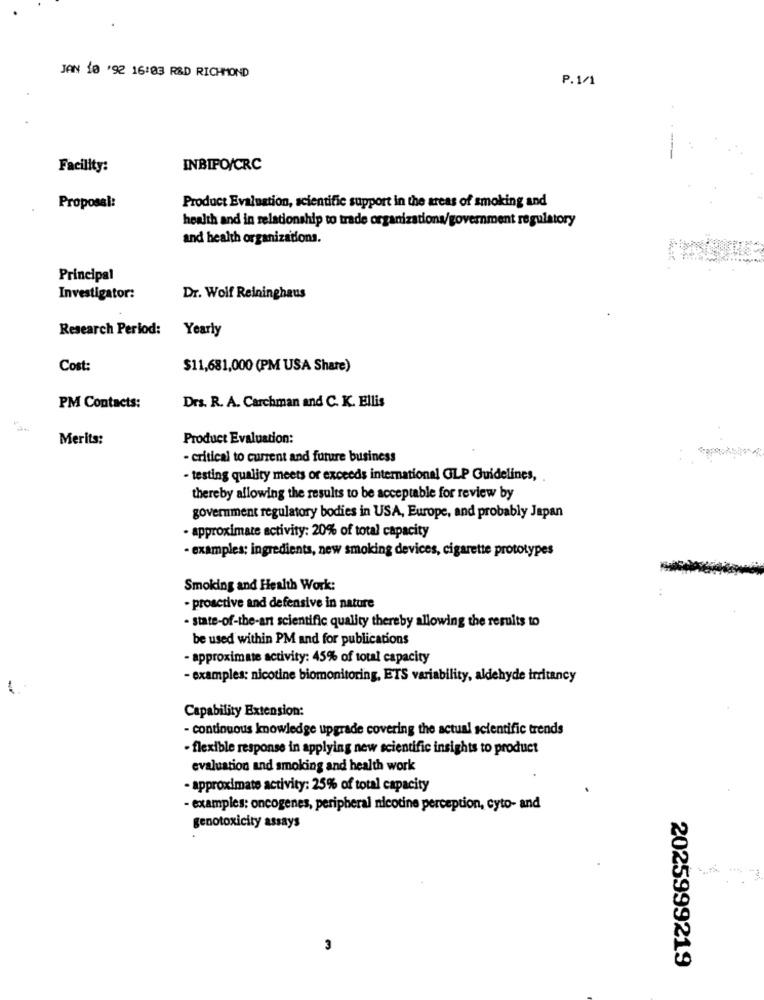
JAN 10 '92 16:03 R&D RICHMOND
P. 1/1
Facility:
INBIPO/CRC
Product Evaluation, scientific support in the areas of smoking and
Proposal:
health and in relationship to trade organizationa/government regulatory
and health organizations.
Principal
Investigator:
Dr. Wolf Reininghaus
Research Period:
Yearly
Cost:
$11,681,000 (PM USA Share)
PM Contacts:
Drs. R. A. Carchman and C. K. Ellis
Merits:
Product Evaluation:
- critical to current and future business
- testing quality meets or exceeds international GLP Guidelines,
thereby allowing the results to be acceptable for review by
government regulatory bodies in USA, Europe, and probably Japan
- approximate activity: 20% of total capacity
· examples: ingredients, new smoking devices, cigarette prototypes
Smoking and Health Work:
- proactive and defensive in nature
- state-of-the-art scientific quality thereby allowing the results to
be used within PM and for publications
- approximate activity: 45% of total capacity
- examples: nicotine biomonitoring, ETS variability, aldehyde irritancy
Capability Extension:
- continuous knowledge upgrade covering the actual scientific trends
- flexible response in applying new scientific insights to product
evaluation and smoking and health work
- approximate activity: 25% of total capacity
- examples: oncogenes, peripheral nicotine perception, cyto- and
genotoxicity assays
2025999219